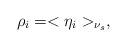
LaTeX: \begin{align*} \rho_i=<\eta_i>_{\nu_s},\end{align*}